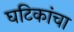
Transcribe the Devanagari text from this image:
घटिकांचा